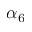
\alpha _ { 6 }